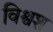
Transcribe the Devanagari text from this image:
विश्वश